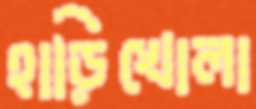
হাড়িখোলা